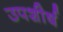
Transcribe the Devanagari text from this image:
उपशीर्ष